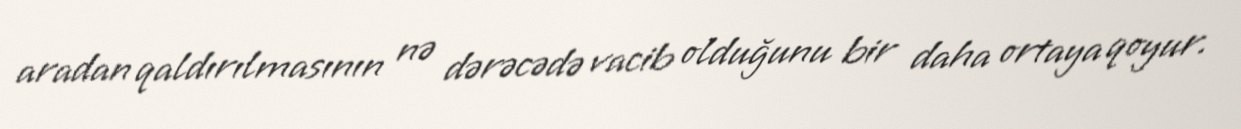
aradan qaldırılmasının nə dərəcədə vacib olduğunu bir daha ortaya qoyur.